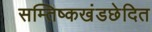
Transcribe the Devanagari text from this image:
सम्तिष्कखंडछेदित